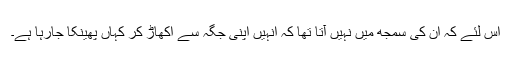
اس لئے کہ ان کی سمجھ میں نہیں آتا تھا کہ انہیں اپنی جگہ سے اُکھاڑ کر کہاں پھینکا جارہا ہے۔